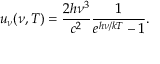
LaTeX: u _ { \nu } ( \nu , T ) = { \frac { 2 h \nu ^ { 3 } } { c ^ { 2 } } } { \frac { 1 } { e ^ { h \nu / k T } - 1 } } .